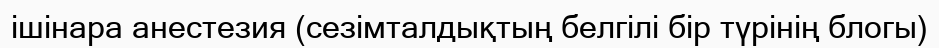
ішінара анестезия (сезімталдықтың белгілі бір түрінің блогы)